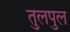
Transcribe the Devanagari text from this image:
तुलपुल